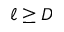
\ell \geq D